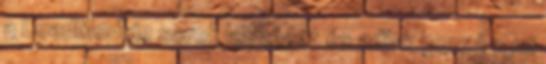
a LoadModule sorok legvégét és adjuk hozzá a mi